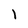
Character: l